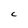
Character: C